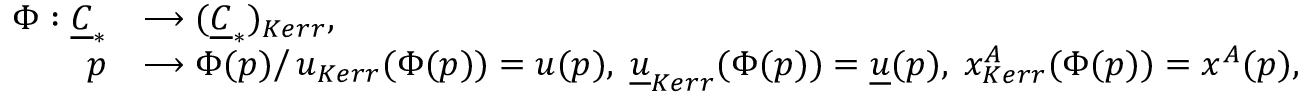
\begin{array} { r l } { \Phi : { \underline { { C } } } _ { * } } & { \longrightarrow ( { \underline { { C } } } _ { * } ) _ { K e r r } , } \\ { p } & { \longrightarrow \Phi ( p ) \big / \, u _ { K e r r } ( \Phi ( p ) ) = u ( p ) , \; { \underline { { u } } } _ { K e r r } ( \Phi ( p ) ) = { \underline { { u } } } ( p ) , \; x _ { K e r r } ^ { A } ( \Phi ( p ) ) = x ^ { A } ( p ) , } \end{array}